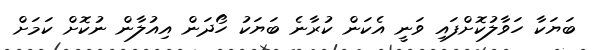
ބަޔަކާ ހަވާލުކޮށްފައި ވަނީ އެކަން ކުރާނެ ބަޔަކު ހޯދަން އިއުލާން ނުކޮށް ކަމަށް